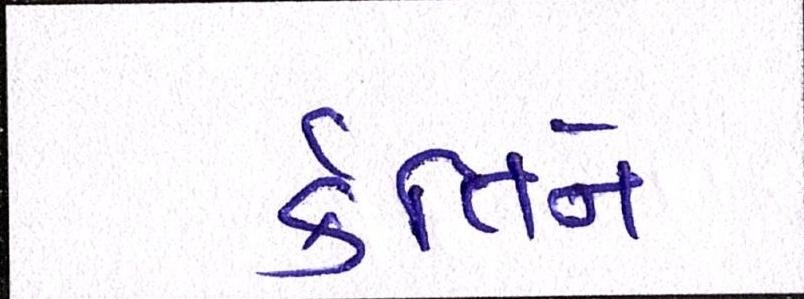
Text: ર્કતિને